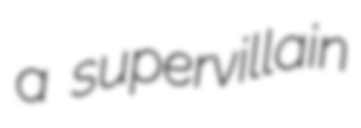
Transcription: a supervillain